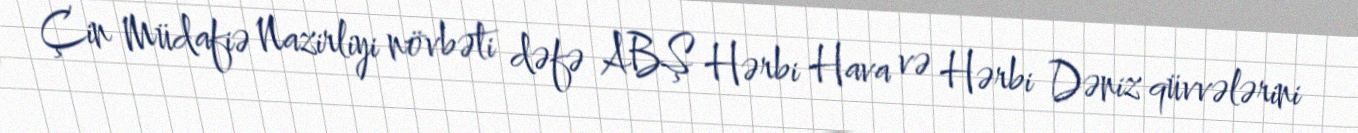
Çin Müdafiə Nazirliyi növbəti dəfə ABŞ Hərbi Hava və Hərbi Dəniz qüvvələrini